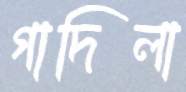
গাদিলা